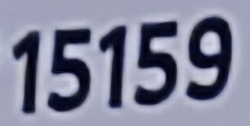
15159